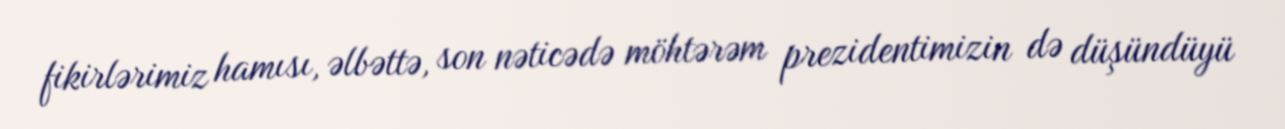
fikirlərimiz hamısı, əlbəttə, son nəticədə möhtərəm prezidentimizin də düşündüyü